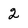
Character: 2